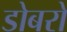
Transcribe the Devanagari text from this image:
डोबरो